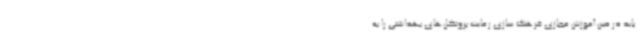
باید در حین آموزش مجازی فرهنگ سازی رعایت پروتکل‌های بهداشتی را به